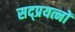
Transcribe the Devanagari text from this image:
सद्प्रयत्नों